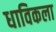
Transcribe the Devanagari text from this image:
धाविकला